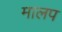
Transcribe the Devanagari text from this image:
मालप